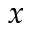
x